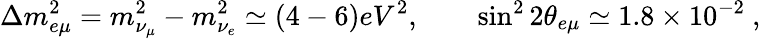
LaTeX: \Delta m_{e\mu}^{2}=m_{\nu_{\mu}}^{2}-m_{\nu_{e}}^{2}\simeq(4-6)eV^{2},\qquad\sin^{2}2\theta_{e\mu}\simeq 1.8\times 10^{-2}\ ,